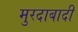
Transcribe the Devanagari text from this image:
मुरदाबादी